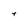
Character: 4